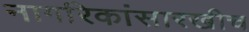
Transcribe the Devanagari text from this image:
नागरिकांसारखीच